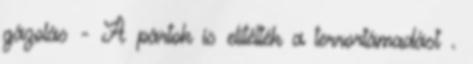
gázolás - A pártok is elítélték a terrortámadást .